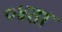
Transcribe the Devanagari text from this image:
०४ता